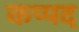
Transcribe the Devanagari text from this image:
कप्पद